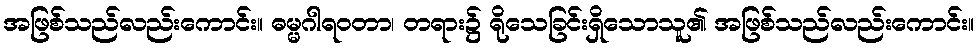
အဖြစ်သည်လည်းကောင်း။ ဓမ္မဂါရဝတာ၊ တရား၌ ရိုသေခြင်းရှိသောသူ၏ အဖြစ်သည်လည်းကောင်း။